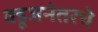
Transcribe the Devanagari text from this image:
वडूजनंतरचे